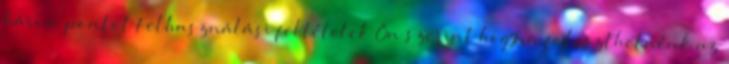
három pontot Felhasználási feltételek Ön szerint hogyan fejleszthetnénk az